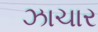
ઝાચાર